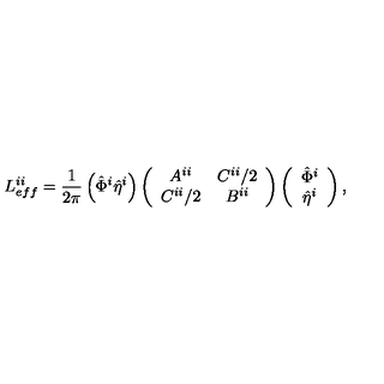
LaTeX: L _ { e f f } ^ { i i } = \frac { 1 } { 2 \pi } \left( \hat { \Phi } ^ { i } \hat { \eta } ^ { i } \right) \left( \begin{array} { c c } { A ^ { i i } } & { C ^ { i i } / 2 } \\ { C ^ { i i } / 2 } & { B ^ { i i } } \\ \end{array} \right) \left( \begin{array} { c } { \hat { \Phi } ^ { i } } \\ { \hat { \eta } ^ { i } } \\ \end{array} \right) ,